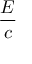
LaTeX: \frac { E } { c }